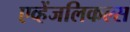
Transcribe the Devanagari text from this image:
एव्हेंजलिकल्स